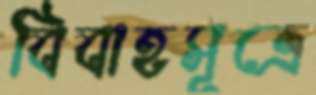
বিবাহসূত্রে